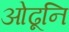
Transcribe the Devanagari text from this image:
ओढूनि